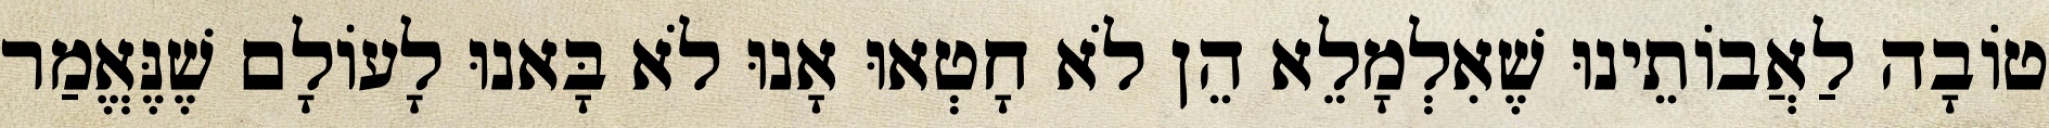
טוֹבָה לַאֲבוֹתֵינוּ שֶׁאִלְמָלֵא הֵן לֹא חָטְאוּ אָנוּ לֹא בָּאנוּ לָעוֹלָם שֶׁנֶּאֱמַר